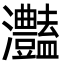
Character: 灎